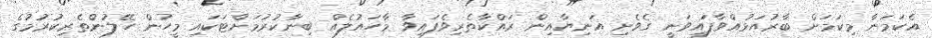
އެކަމަނާ މިކަމަށް ބާރުއަޅުއްވާފައިވަނީ ގެވެށި އަނިޔާއިން ރައްކާތެރިވެފައިވާ މާހައުލެއް ބިނާކުރުމަށްޓަކައި މީހުން ހޭލުންތެރިކުރުމުގެ